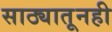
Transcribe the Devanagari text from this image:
साठ्यातूनही